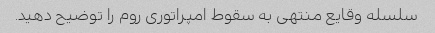
سلسله وقایع منتهی به سقوط امپراتوری روم را توضیح دهید.